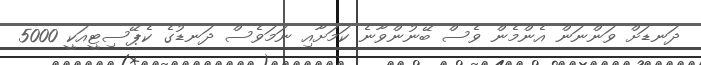
ދަނޑަށް ވަންނަން އެންމެން ވެސް ބޭނުންވާނެ ކަމަށާއި ނަމަވެސް ދަނޑުގެ ކެޕޭސިޓީއަކީ 5000